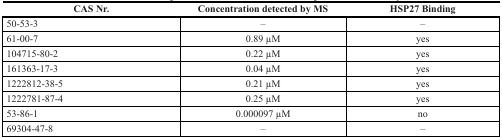
| CAS Nr. | Concentration detected by MS | HSP27 Binding |
 | --- | --- | --- |
 | 50-53-3 | – | – |
 | 61-00-7 | 0.89 μM | yes |
 | 104715-80-2 | 0.22 μM | yes |
 | 161363-17-3 | 0.04 μM | yes |
 | 1222812-38-5 | 0.21 μM | yes |
 | 1222781-87-4 | 0.25 μM | yes |
 | 53-86-1 | 0.000097 μM | no |
 | 69304-47-8 | – | – |